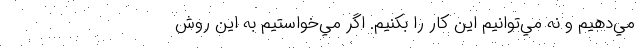
مي‌دهيم و نه مي‌توانيم اين كار را بكنيم. اگر مي‌خواستيم به اين روش